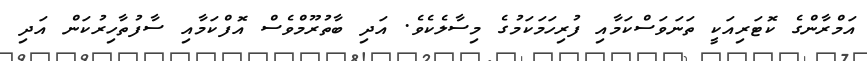
އަމްރާންގެ ކޮޓަރިއަކީ ތަނަވަސްކަމާއި ފުރިހަމަކަމުގެ މިސާލެކެވެ. އަދި ބާތުރޫމްވެސް އޮފްކަމާއި ސާފުތާހިރުކަން އަދި